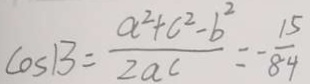
\cos B = \frac { a ^ { 2 } + c ^ { 2 } - b ^ { 2 } } { 2 a c } = - \frac { 1 5 } { 8 4 }